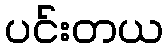
ပင်းတယ